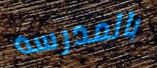
بالمدرسه